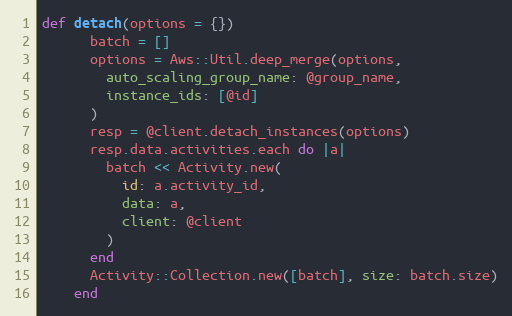
Language: Ruby
def detach(options = {})
      batch = []
      options = Aws::Util.deep_merge(options,
        auto_scaling_group_name: @group_name,
        instance_ids: [@id]
      )
      resp = @client.detach_instances(options)
      resp.data.activities.each do |a|
        batch << Activity.new(
          id: a.activity_id,
          data: a,
          client: @client
        )
      end
      Activity::Collection.new([batch], size: batch.size)
    end